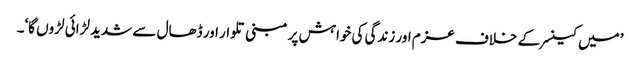
’میں کینسر کے خلاف عزم اور زندگی کی خواہش پر مبنی تلوار اور ڈھال سے شدید لڑائی لڑوں گا‘۔